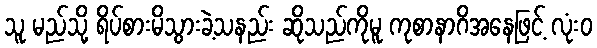
သူ မည်သို့ ရိပ်စားမိသွားခဲ့သနည်း ဆိုသည်ကိုမူ ကုစာနာဂိအနေဖြင့် လုံးဝ